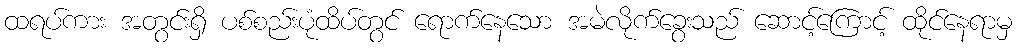
ထရပ်ကား အတွင်းရှိ ပစ်စည်းပုံထိပ်တွင် ရောက်နေသော အမဲလိုက်ခွေးသည် ဆောင့်ကြောင့် ထိုင်နေရာမှ